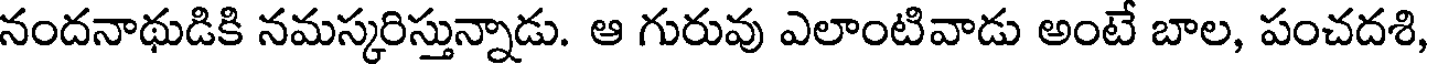
నందనాథుడికి నమస్కరిస్తున్నాడు. ఆ గురువు ఎలాంటివాడు అంటే బాల, పంచదశి,